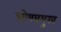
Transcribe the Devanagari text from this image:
घोषप्रमुख